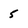
Character: 5